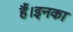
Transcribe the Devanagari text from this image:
हैं।इनका